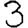
Digit: 3